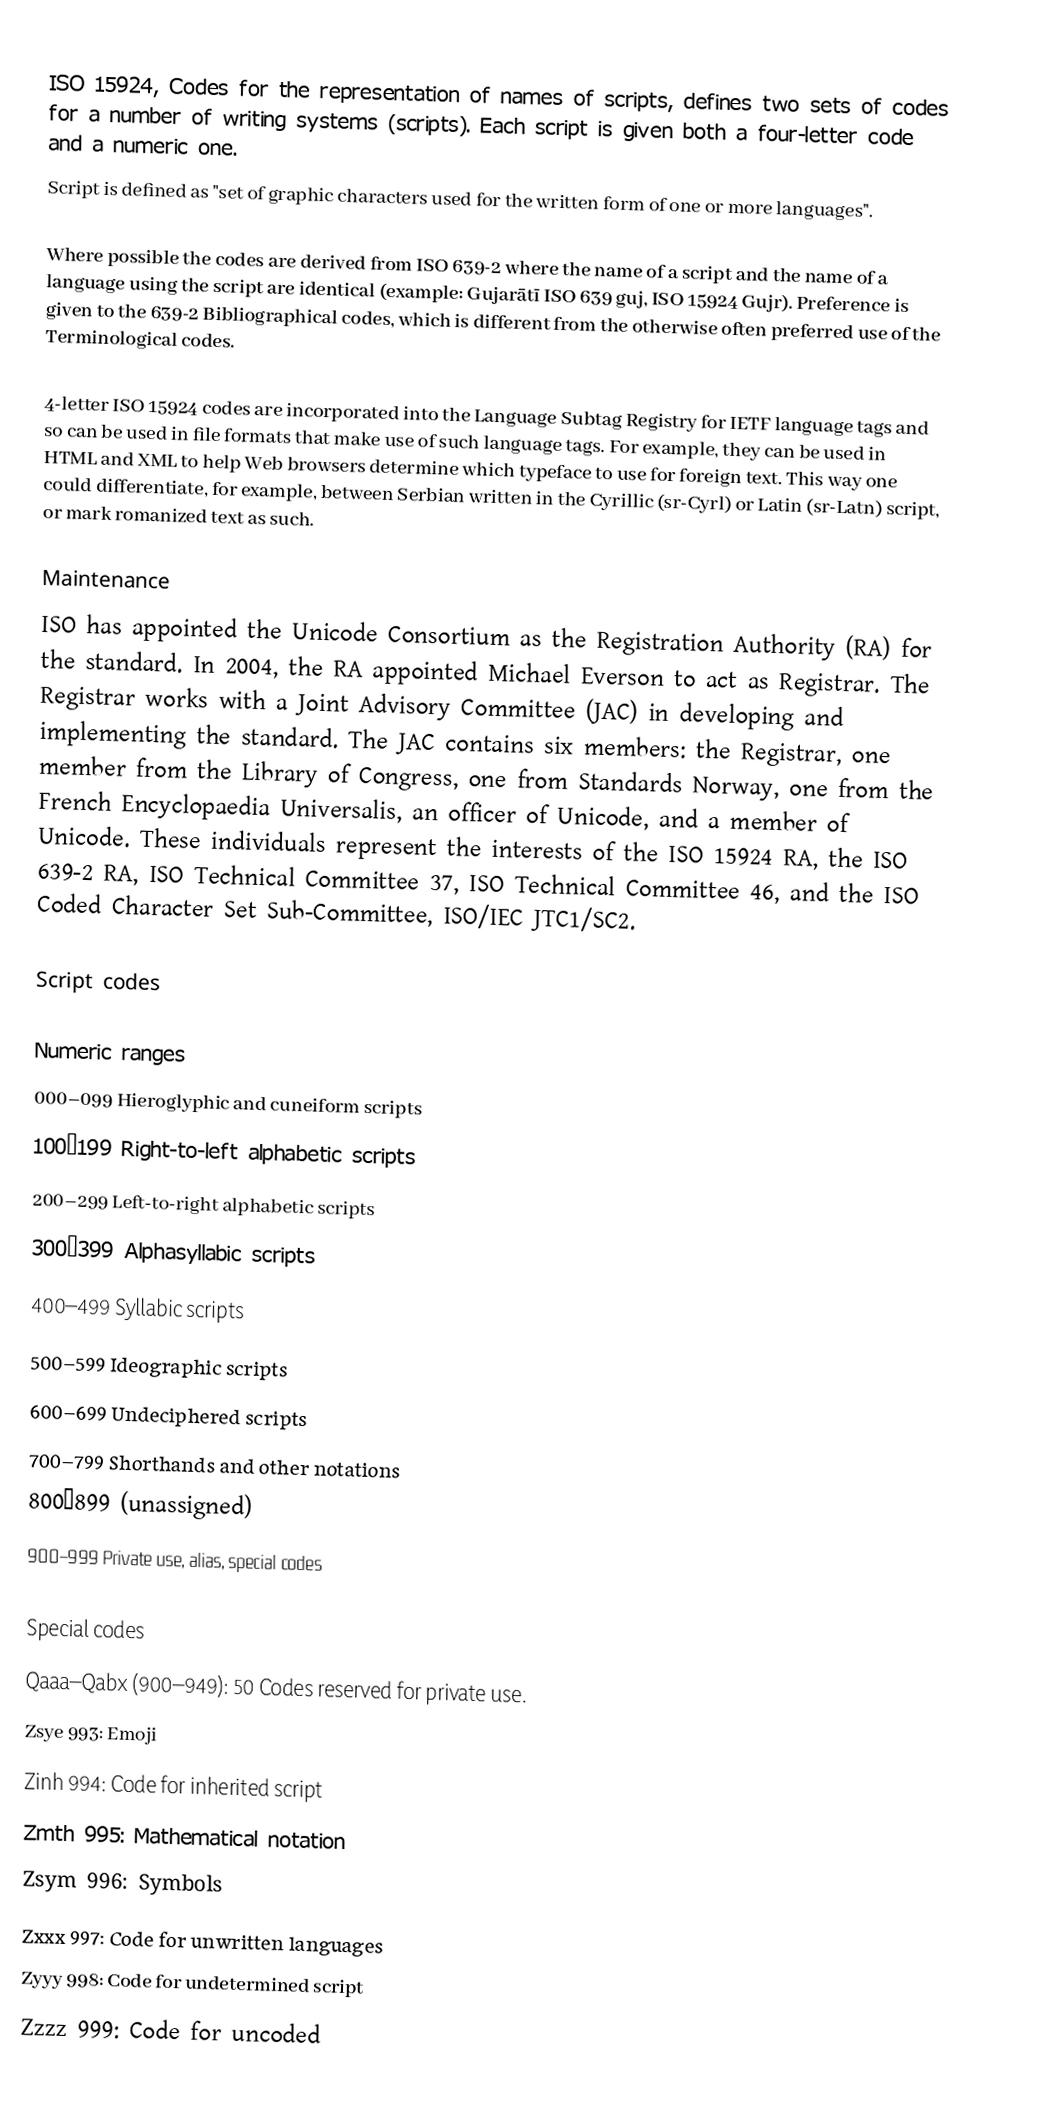
ISO 15924, Codes for the representation of names of scripts, defines two sets of codes for a number of writing systems (scripts). Each script is given both a four-letter code and a numeric one.
Script is defined as "set of graphic characters used for the written form of one or more languages".

Where possible the codes are derived from ISO 639-2 where the name of a script and the name of a language using the script are identical (example: Gujarātī ISO 639 guj, ISO 15924 Gujr). Preference is given to the 639-2 Bibliographical codes, which is different from the otherwise often preferred use of the Terminological codes.

4-letter ISO 15924 codes are incorporated into the Language Subtag Registry for IETF language tags and so can be used in file formats that make use of such language tags. For example, they can be used in HTML and XML to help Web browsers determine which typeface to use for foreign text. This way one could differentiate, for example, between Serbian written in the Cyrillic (sr-Cyrl) or Latin (sr-Latn) script, or mark romanized text as such.

Maintenance
ISO has appointed the Unicode Consortium as the Registration Authority (RA) for the standard. In 2004, the RA appointed Michael Everson to act as Registrar. The Registrar works with a Joint Advisory Committee (JAC) in developing and implementing the standard. The JAC contains six members: the Registrar, one member from the Library of Congress, one from Standards Norway, one from the French Encyclopaedia Universalis, an officer of Unicode, and a member of Unicode. These individuals represent the interests of the ISO 15924 RA, the ISO 639-2 RA, ISO Technical Committee 37, ISO Technical Committee 46, and the ISO Coded Character Set Sub-Committee, ISO/IEC JTC1/SC2.

Script codes

Numeric ranges
000–099 Hieroglyphic and cuneiform scripts
100–199 Right-to-left alphabetic scripts
200–299 Left-to-right alphabetic scripts
300–399 Alphasyllabic scripts
400–499 Syllabic scripts
500–599 Ideographic scripts
600–699 Undeciphered scripts
700–799 Shorthands and other notations
800–899 (unassigned)
900–999 Private use, alias, special codes

Special codes
Qaaa–Qabx (900–949): 50 Codes reserved for private use.
Zsye 993: Emoji
Zinh 994: Code for inherited script
Zmth 995: Mathematical notation
Zsym 996: Symbols
Zxxx 997: Code for unwritten languages
Zyyy 998: Code for undetermined script
Zzzz 999: Code for uncoded